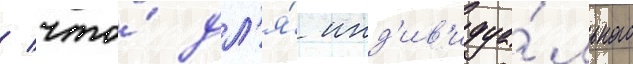
/ что́ дл'я́ инд'ив'идуа́льного